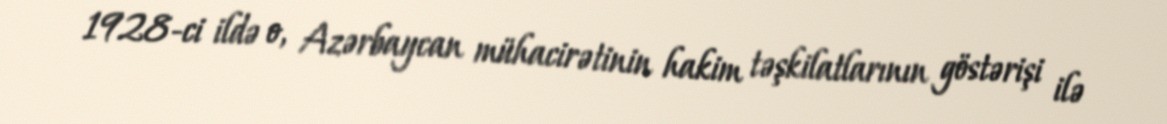
1928-ci ildə o, Azərbaycan mühacirətinin hakim təşkilatlarının göstərişi ilə